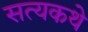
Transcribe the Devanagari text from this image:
सत्यकथे